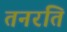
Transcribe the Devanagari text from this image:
तनरति